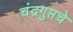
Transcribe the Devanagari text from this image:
चंद्रगुप्तचे